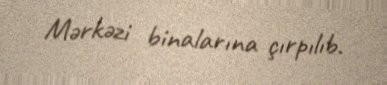
Mərkəzi binalarına çırpılıb.